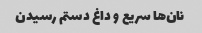
نان‌ها سریع و داغ دستم رسیدن